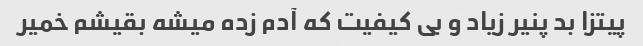
پیتزا بد پنیر زیاد و بی کیفیت که آدم زده میشه بقیشم خمیر